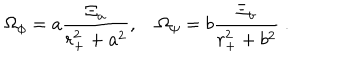
LaTeX: { \Omega } _ { \phi } = a { \frac { { \Xi } _ { a } } { r _ { + } ^ { 2 } + a ^ { 2 } } } , \quad { \Omega } _ { \psi } = b { \frac { { \Xi } _ { b } } { r _ { + } ^ { 2 } + b ^ { 2 } } } \ .